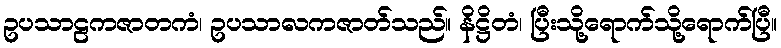
ဥပသာဠကဇာတကံ၊ ဥပသာလကဇာတ်သည်။ နိဋ္ဌိတံ၊ ပြီးသို့ရောက်သို့ရောက်ပြီ။